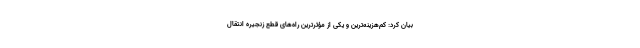
بیان کرد: کم‌هزینه‌ترین و یکی از مؤثرترین راه‌های قطع زنجیرهٔ انتقال